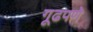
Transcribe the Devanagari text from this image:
गूढपणे